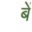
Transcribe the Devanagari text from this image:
बें